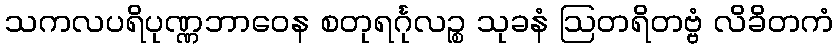
သကလပရိပုဏ္ဏဘာဝေန စတုရင်္ဂုလဉ္စ သုခနံ ဩတရိတဗ္ဗံ လိခိတကံ